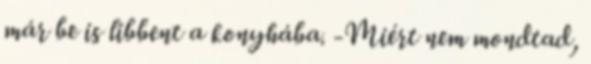
már be is libbent a konyhába. -Miért nem mondtad,